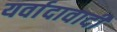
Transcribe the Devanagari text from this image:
यर्वादावादी